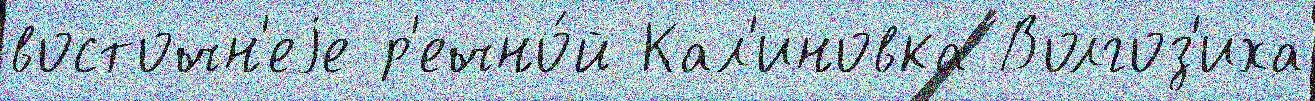
восточн'еjе р'ечно́й Кал'иновка Волгоз'иха